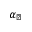
\alpha _ { \perp }